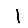
Digit: 1